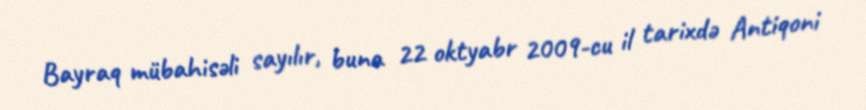
Bayraq mübahisəli sayılır, buna 22 oktyabr 2009-cu il tarixdə Antiqoni